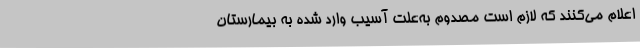
اعلام می‌کنند که لازم است مصدوم به‌علت آسیب وارد شده به بیمارستان